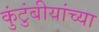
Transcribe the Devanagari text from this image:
कुंटुंबीयांच्या